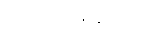
ပါဝင်လိမ့်မည်